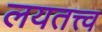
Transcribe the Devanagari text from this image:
लयतत्त्व